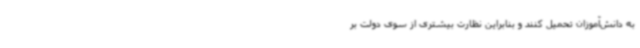
به دانش‌آموزان تحمیل کنند و بنابراین نظارت بیشتری از سوی دولت بر